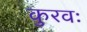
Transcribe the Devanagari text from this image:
कुरवः